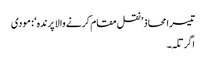
تیسرا محاذ ’ نقل مقام کرنے والا پرندہ ‘ : مودی
اگرتلہ ۔